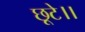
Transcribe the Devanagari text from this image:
छूटे।।